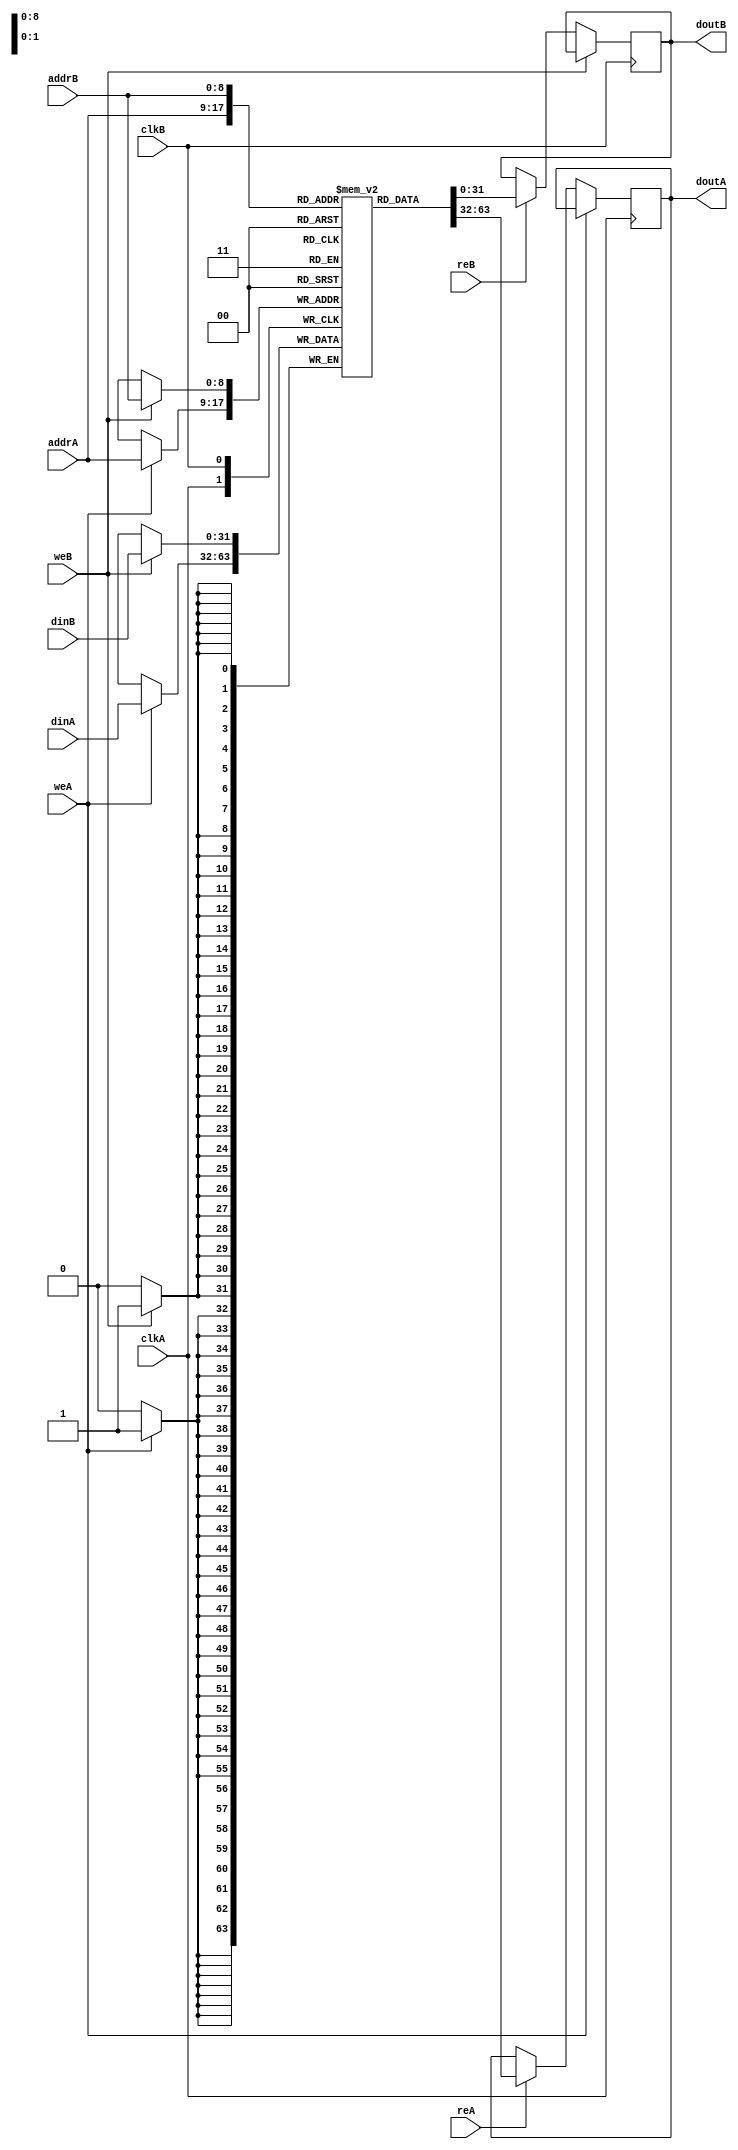
module ram_true_dp_dc_excl_rw_512x32_block (clkA, clkB, weA, weB, reA, reB, addrA, addrB, dinA, dinB, doutA, doutB);
    input clkA, clkB, weA, weB, reA, reB;
    input [8:0] addrA, addrB;
    input [31:0] dinA, dinB;
    output reg [31:0] doutA=0, doutB=0;
    
    // (* ram_style = "block" *)
    reg [31:0] ram [511:0];
    always @(posedge clkA)
    begin
        if (weA)
            ram[addrA] <= dinA;
        else if (reA)
            doutA <= ram[addrA];
    end
    always @(posedge clkB)
    begin
        if (weB)
            ram[addrB] <= dinB;
        else if (reB)
            doutB <= ram[addrB];
    end

endmodule